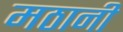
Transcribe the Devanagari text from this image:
मठानी